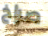
صراخ